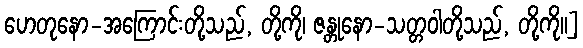
ဟေတုနော-အကြောင်းတို့သည်, တို့ကို၊ ဇန္တုနော-သတ္တဝါတို့သည်, တို့ကို။]